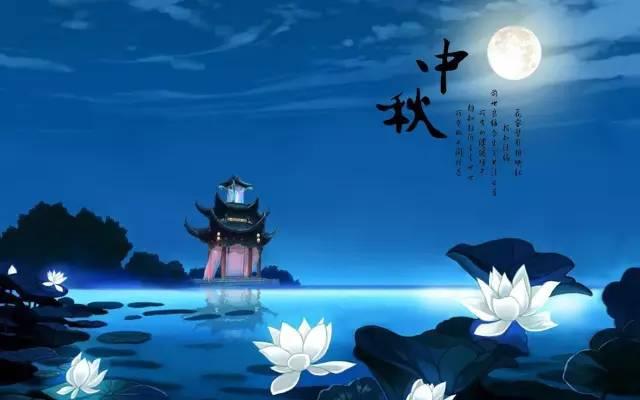
尘中见月心亦闲，况是清秋仙府间。